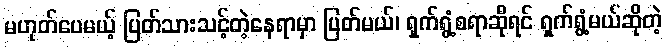
မဟုတ်ပေမယ့် ပြတ်သားသင့်တဲ့နေရာမှာ ပြတ်မယ်၊ ရှက်ရွံ့စရာဆိုရင် ရှက်ရွံ့မယ်ဆိုတဲ့